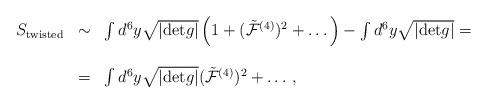
LaTeX: \begin{align*}\begin{array}{rcl}S_{{\rm twisted}}&\sim & \int d^6 y\sqrt{|{\rm det}g|}\left(1+({\tilde {\cal F}}^{(4)})^2+\dots\right)-\int d^6 y\sqrt{|{\rm det}g|}=\\&&\\&=&\int d^6 y\sqrt{|{\rm det}g|}({\tilde {\cal F}}^{(4)})^2+\dots\, ,\\\end{array}\end{align*}